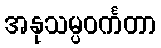
အနုသမ္ပဝင်္ကတာ